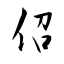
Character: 佋